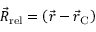
{ \vec { R } _ { \mathrm { r e l } } } = \left( { \vec { r } } - { \vec { r } _ { \mathrm { C } } } \right)